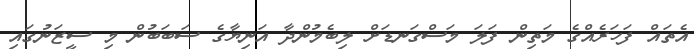
އެތައް ފަހަރެއްގެ މަތިން ފަލަ މަސްގަނޑަށް ލިބެމުންދާ އަނިޔާގެ ސަބަބުން މި ސީޒަނުގައި